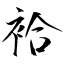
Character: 袷